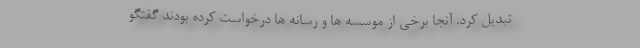
تبدیل کرد. آنجا برخی از موسسه ها و رسانه ها درخواست کرده بودند گفتگو